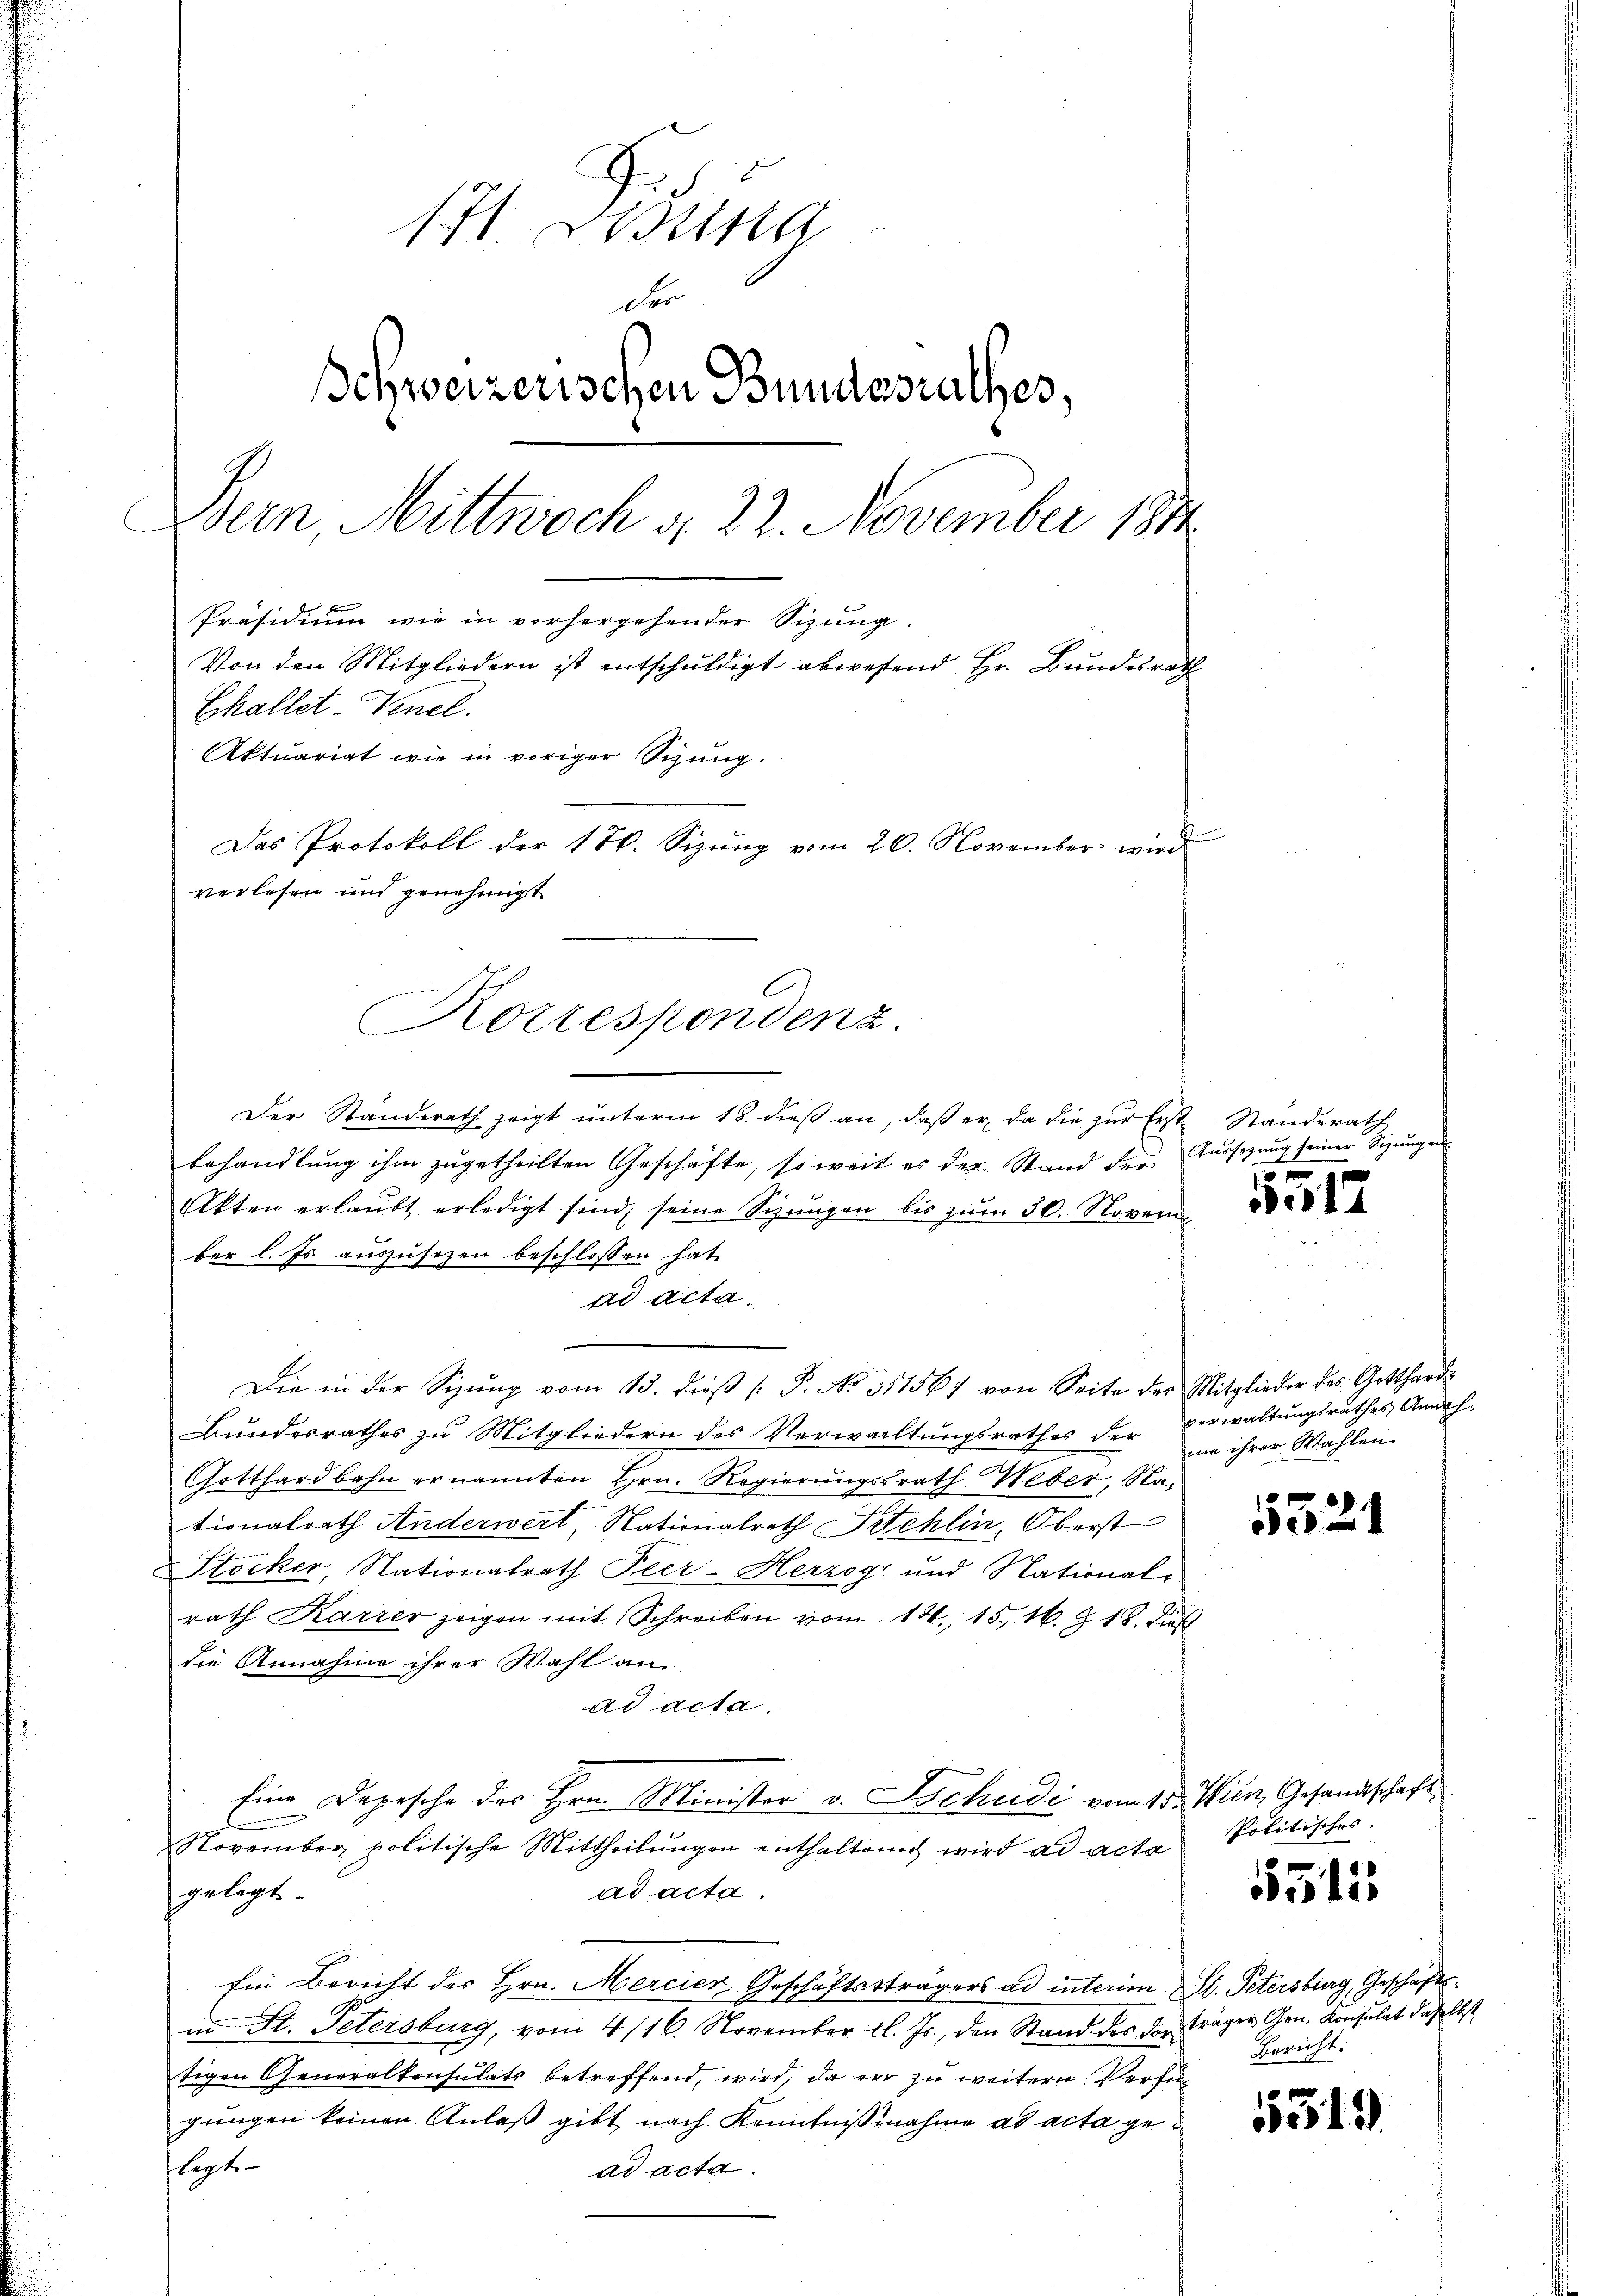
171 eina
der
Schweizerischen Bundesrathes,
Den Mittwoch d. 22. November 189
 x
Präsidium wie in vorhergehender Sizung.
Von den Mitgliedern ist entschuldigt abwesend Hr. Bundesrath
Echallet-Venel.
Aktuariat wie in voriger Sitzung.
Das Protokoll der 176. Sizung vom 20. November wird
verlesen und genehmigt

Der Standerath zeigt ŭnterm 18. dieβ an, daβ er da die zŭr Erst Standerath
behandlung ihm zugetheilten Geschäfte, so weit es der Stand der Aussezung seiner Sizungen
Akten erlaŭbt erledigt sind, seine Sizŭngen bis zŭm 30. Novem
ber l. Es auszusezen beschlossen hat.
ad acta.
Die in der Sizŭng vom 13. dieβ (: P. No. 31156) von Seite des Mitglieder des Gotthard
Bundesrathes zu Mitgliedern des Verwaltungsrathes der Verwaltŭngsrathes Annah-
Gotthardbahn ernannten Hrn. Regierungsrath Weber, Nationalrath Anderwert, Nationalrath Stehlin, Oberst
Stocker, Nationalrath Pler-Herzog und Nationalrath Karrer zeigen mit Schreiben vom 14. 15. 16. Z. 18. dieß
die Annahme ihrer Wahl an
ad acta.
Eine Depesche der Hrn. Minister v. Schudi vom 15. Wien, Gesandtschaft
November politische Mittheilŭngen enthaltend wird ad acta
gelegt.
ad acta.
Ein Bericht des Hrn. Mercier Geschäftsträgers ad interim St. Petersburg, Geschäftsin St. Petersburg, vom 4/16. November l. Js., den Stand des der träger Gen. Konsulat daselbst
tigen Generalkonsulats betreffend, wird, da er zu weitern Verfügungen keinen Anlaß gibt nach Kenntnißnahme ad acta geflegt.
ad acta.

Korrespondenz.

17

me ihrer Wahlen.

d
21

politisches.

5315

Bericht.

5349.